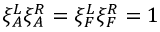
\xi _ { A } ^ { L } \xi _ { A } ^ { R } = \xi _ { F } ^ { L } \xi _ { F } ^ { R } = 1